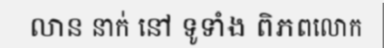
លាន នាក់ នៅ ទូទាំង ពិភពលោក